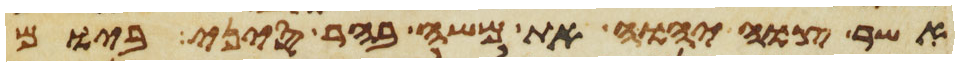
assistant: אשר צוה יהוה את משה בהר סיני ביום